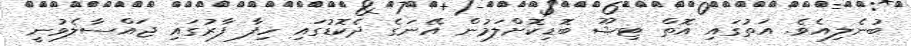
ބުނެލިއެވެ. އަތުގައި އޮތް ޓިޝޫ ބޮޑިކޮށްލަމުން އޭނަގެ ދެކޮޑުގައި ހިފާ ފާރުގައި ޖައްސާލެވުނީ